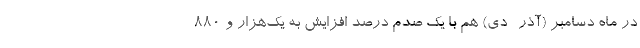
در ماه دسامبر (آذر- دی) هم با یک صدم درصد افزایش به یک‌هزار و ۸۸۰